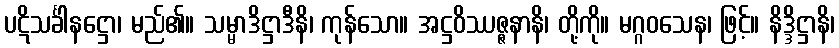
ပဋိသင်္ခါနဋ္ဌော၊ မည်၏။ သမ္မာဒိဋ္ဌာဒီနိ၊ ကုန်သော။ အဋ္ဌဝိဿဇ္ဇနာနိ၊ တို့ကို။ မဂ္ဂဝသေန၊ ဖြင့်။ နိဒ္ဒိဋ္ဌာနိ၊